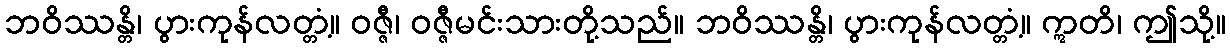
ဘဝိဿန္တိ၊ ပွားကုန်လတ္တံ့။ ဝဇ္ဇီ၊ ဝဇ္ဇီမင်းသားတို့သည်။ ဘဝိဿန္တိ၊ ပွားကုန်လတ္တံ့။ ဣတိ၊ ဤသို့။